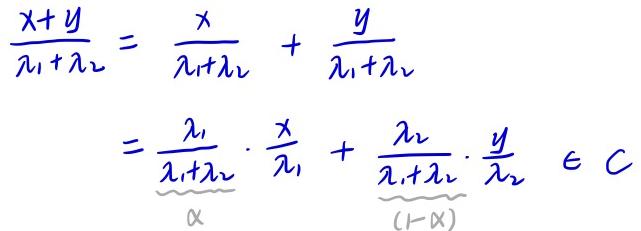
\[
\begin{align*}
\frac{x + y}{\lambda_1 + \lambda_2} &= \frac{x}{\lambda_1 + \lambda_2} + \frac{y}{\lambda_1 + \lambda_2}\\
&= \underbrace{\frac{\lambda_1}{\lambda_1 + \lambda_2}}_{\alpha} \cdot \frac{x}{\lambda_1} + \underbrace{\frac{\lambda_2}{\lambda_1 + \lambda_2}}_{(1 - \alpha)} \cdot \frac{y}{\lambda_2} \in C
\end{align*}
\]